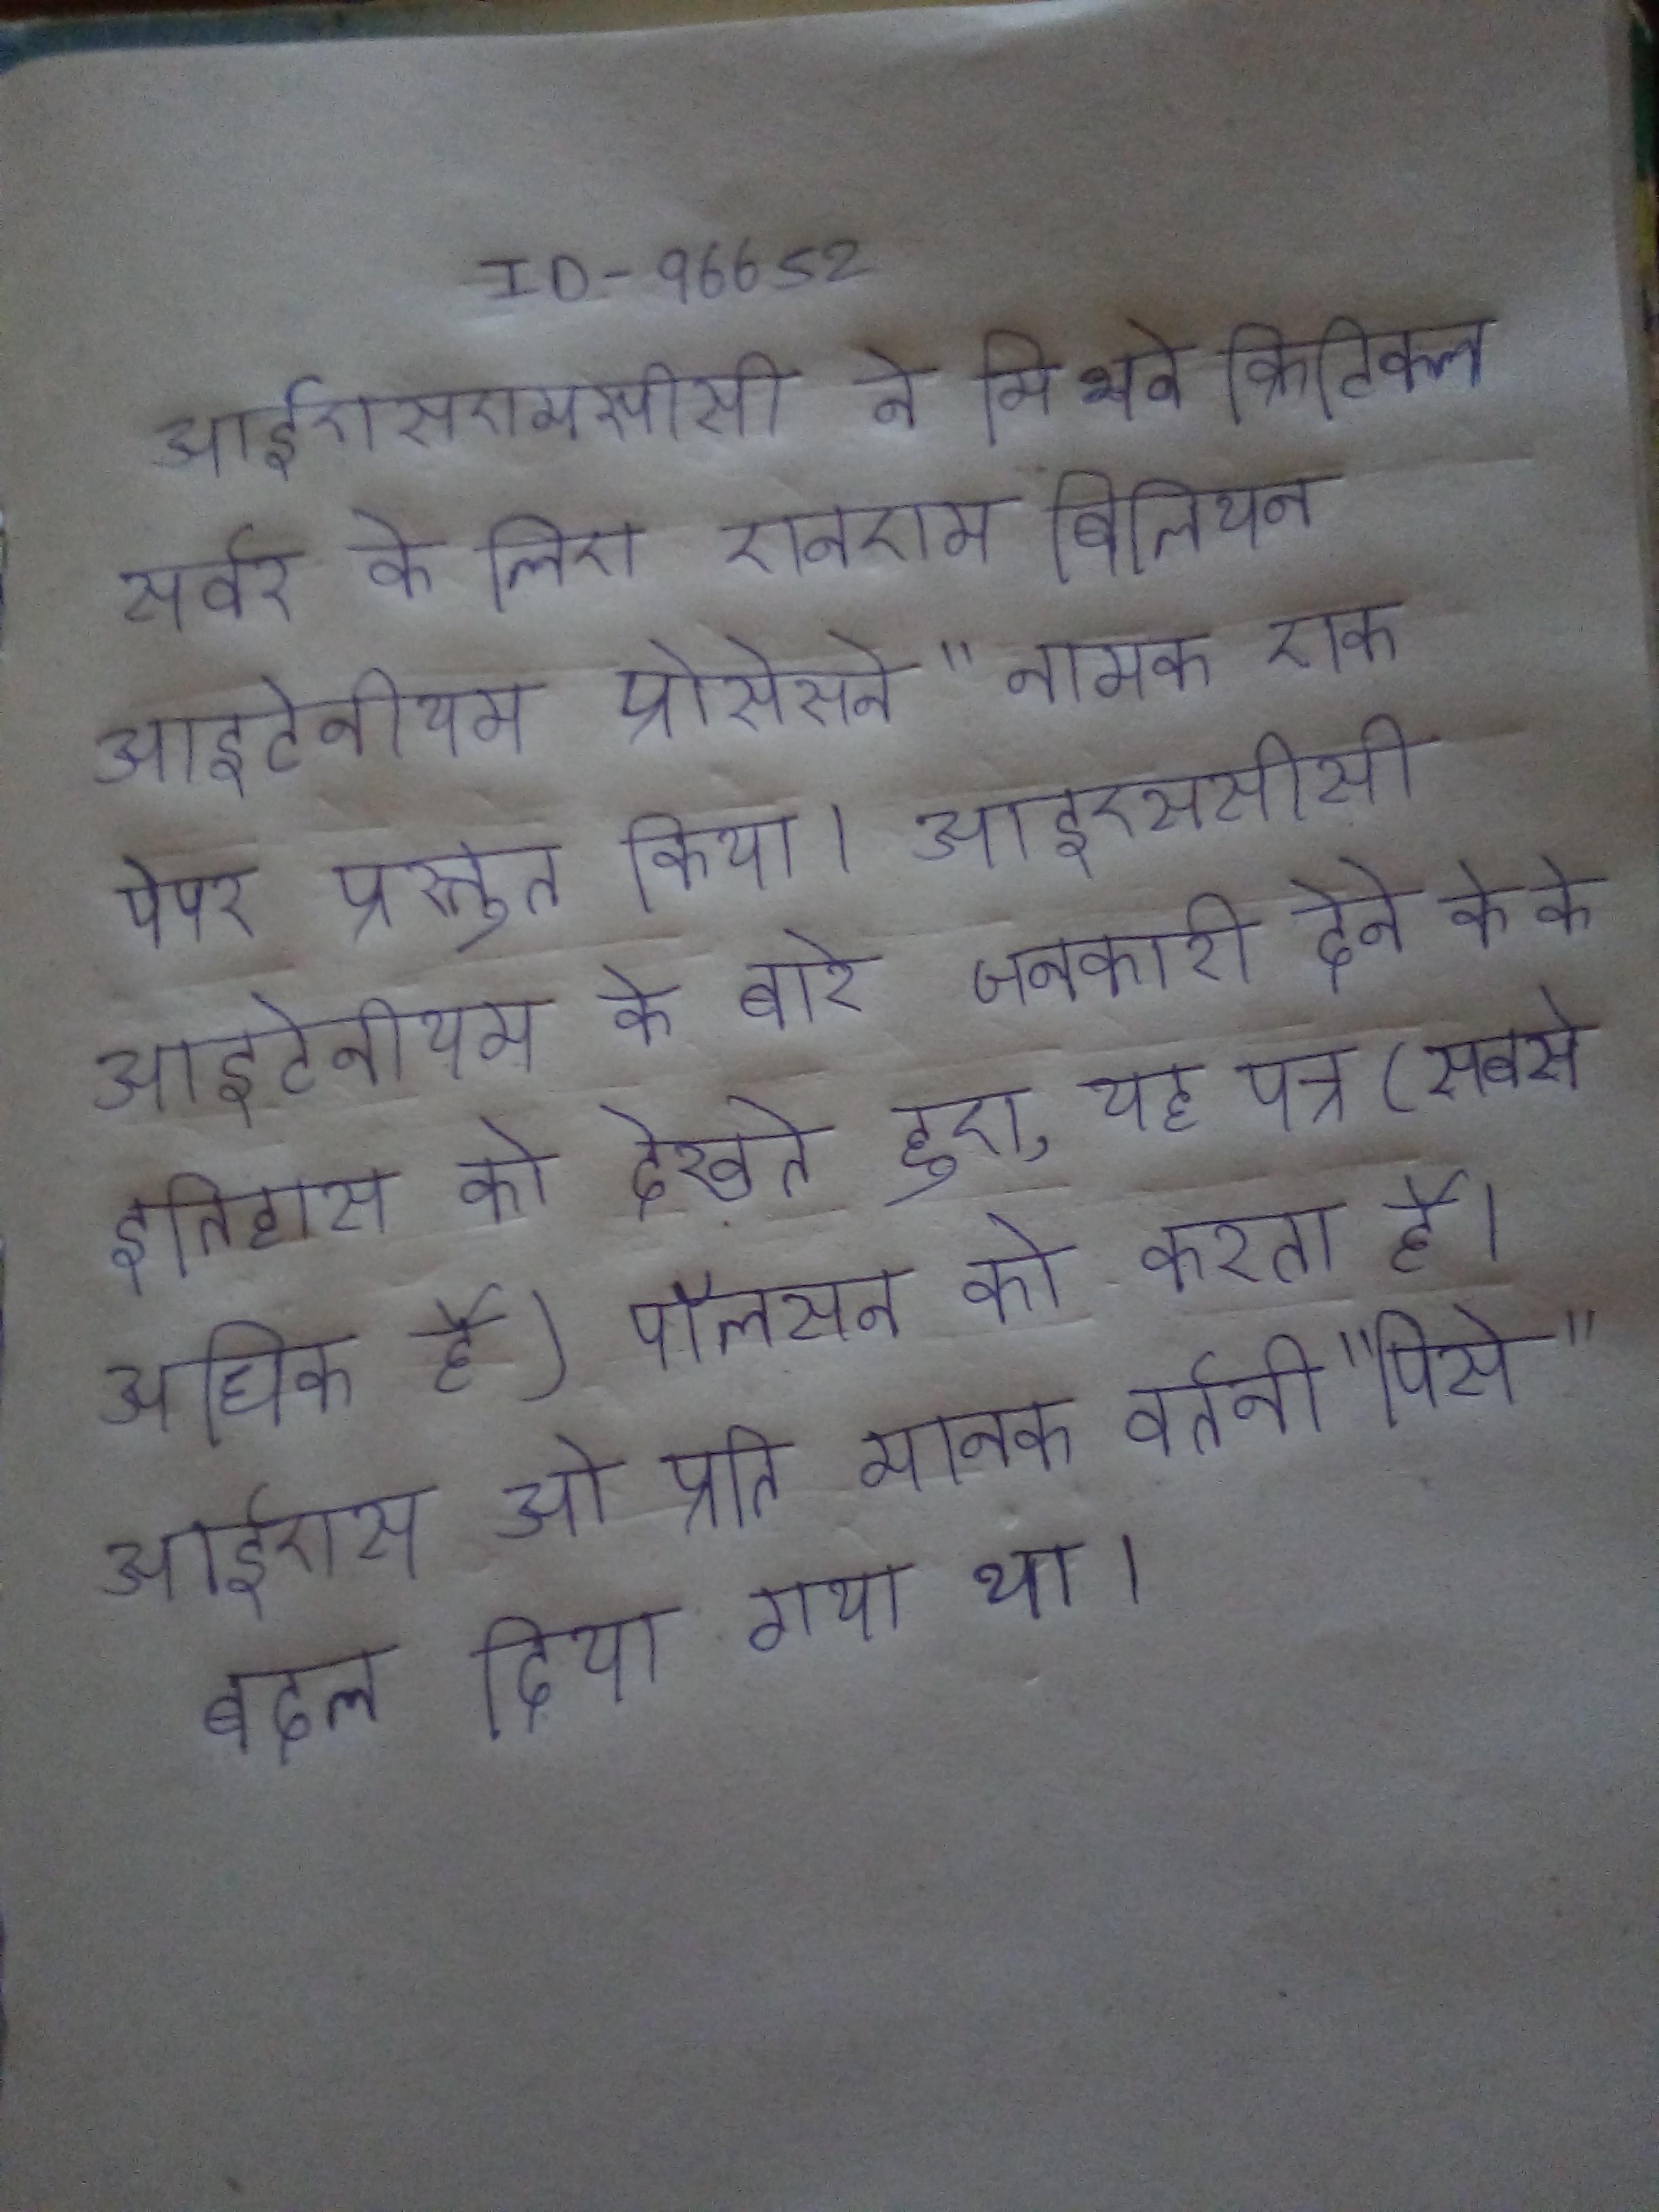
आईएसएससीसी ने मिशन क्रिटिकल सर्वर के लिए "ए एनएम बिलियन आइटेनीयम प्रोसेसर" नामक एक पेपर प्रस्तुत किया । आईएसएससीसी आइटेनीयम के बारे जानकारी देने के के इतिहास को देखते हुए, यह पत्र (सबसे अधिक है) पॉलसन को करता है । आईएसओ प्रति मानक वर्तनी उच्चारण "पिसो" बदल दिया गया था ।